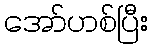
အော်ဟစ်ပြီး